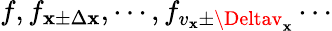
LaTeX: f,f_{\mathbf{x}\pm\Delta\mathbf{x}},\cdots,f_{v_{\mathbf{x}}\pm\Deltav_{\mathbf{x}}}\cdots